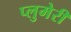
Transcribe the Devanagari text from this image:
प्लुमेरी